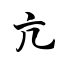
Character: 亢